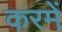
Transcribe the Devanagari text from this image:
करमें